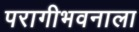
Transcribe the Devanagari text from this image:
परागीभवनाला